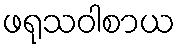
ဖရုသဝါစာယ